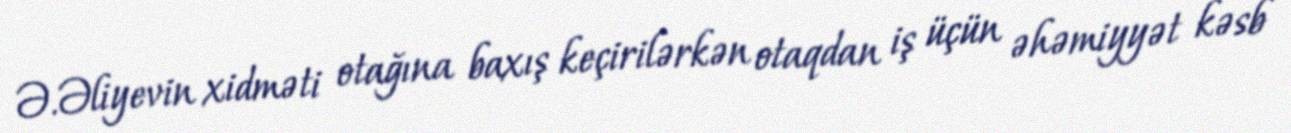
Ə.Əliyevin xidməti otağına baxış keçirilərkən otaqdan iş üçün əhəmiyyət kəsb